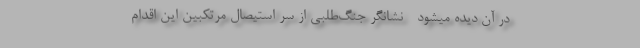
در آن دیده میشود - نشانگر جنگ‌طلبی از سر استیصال مرتکبین این اقدام